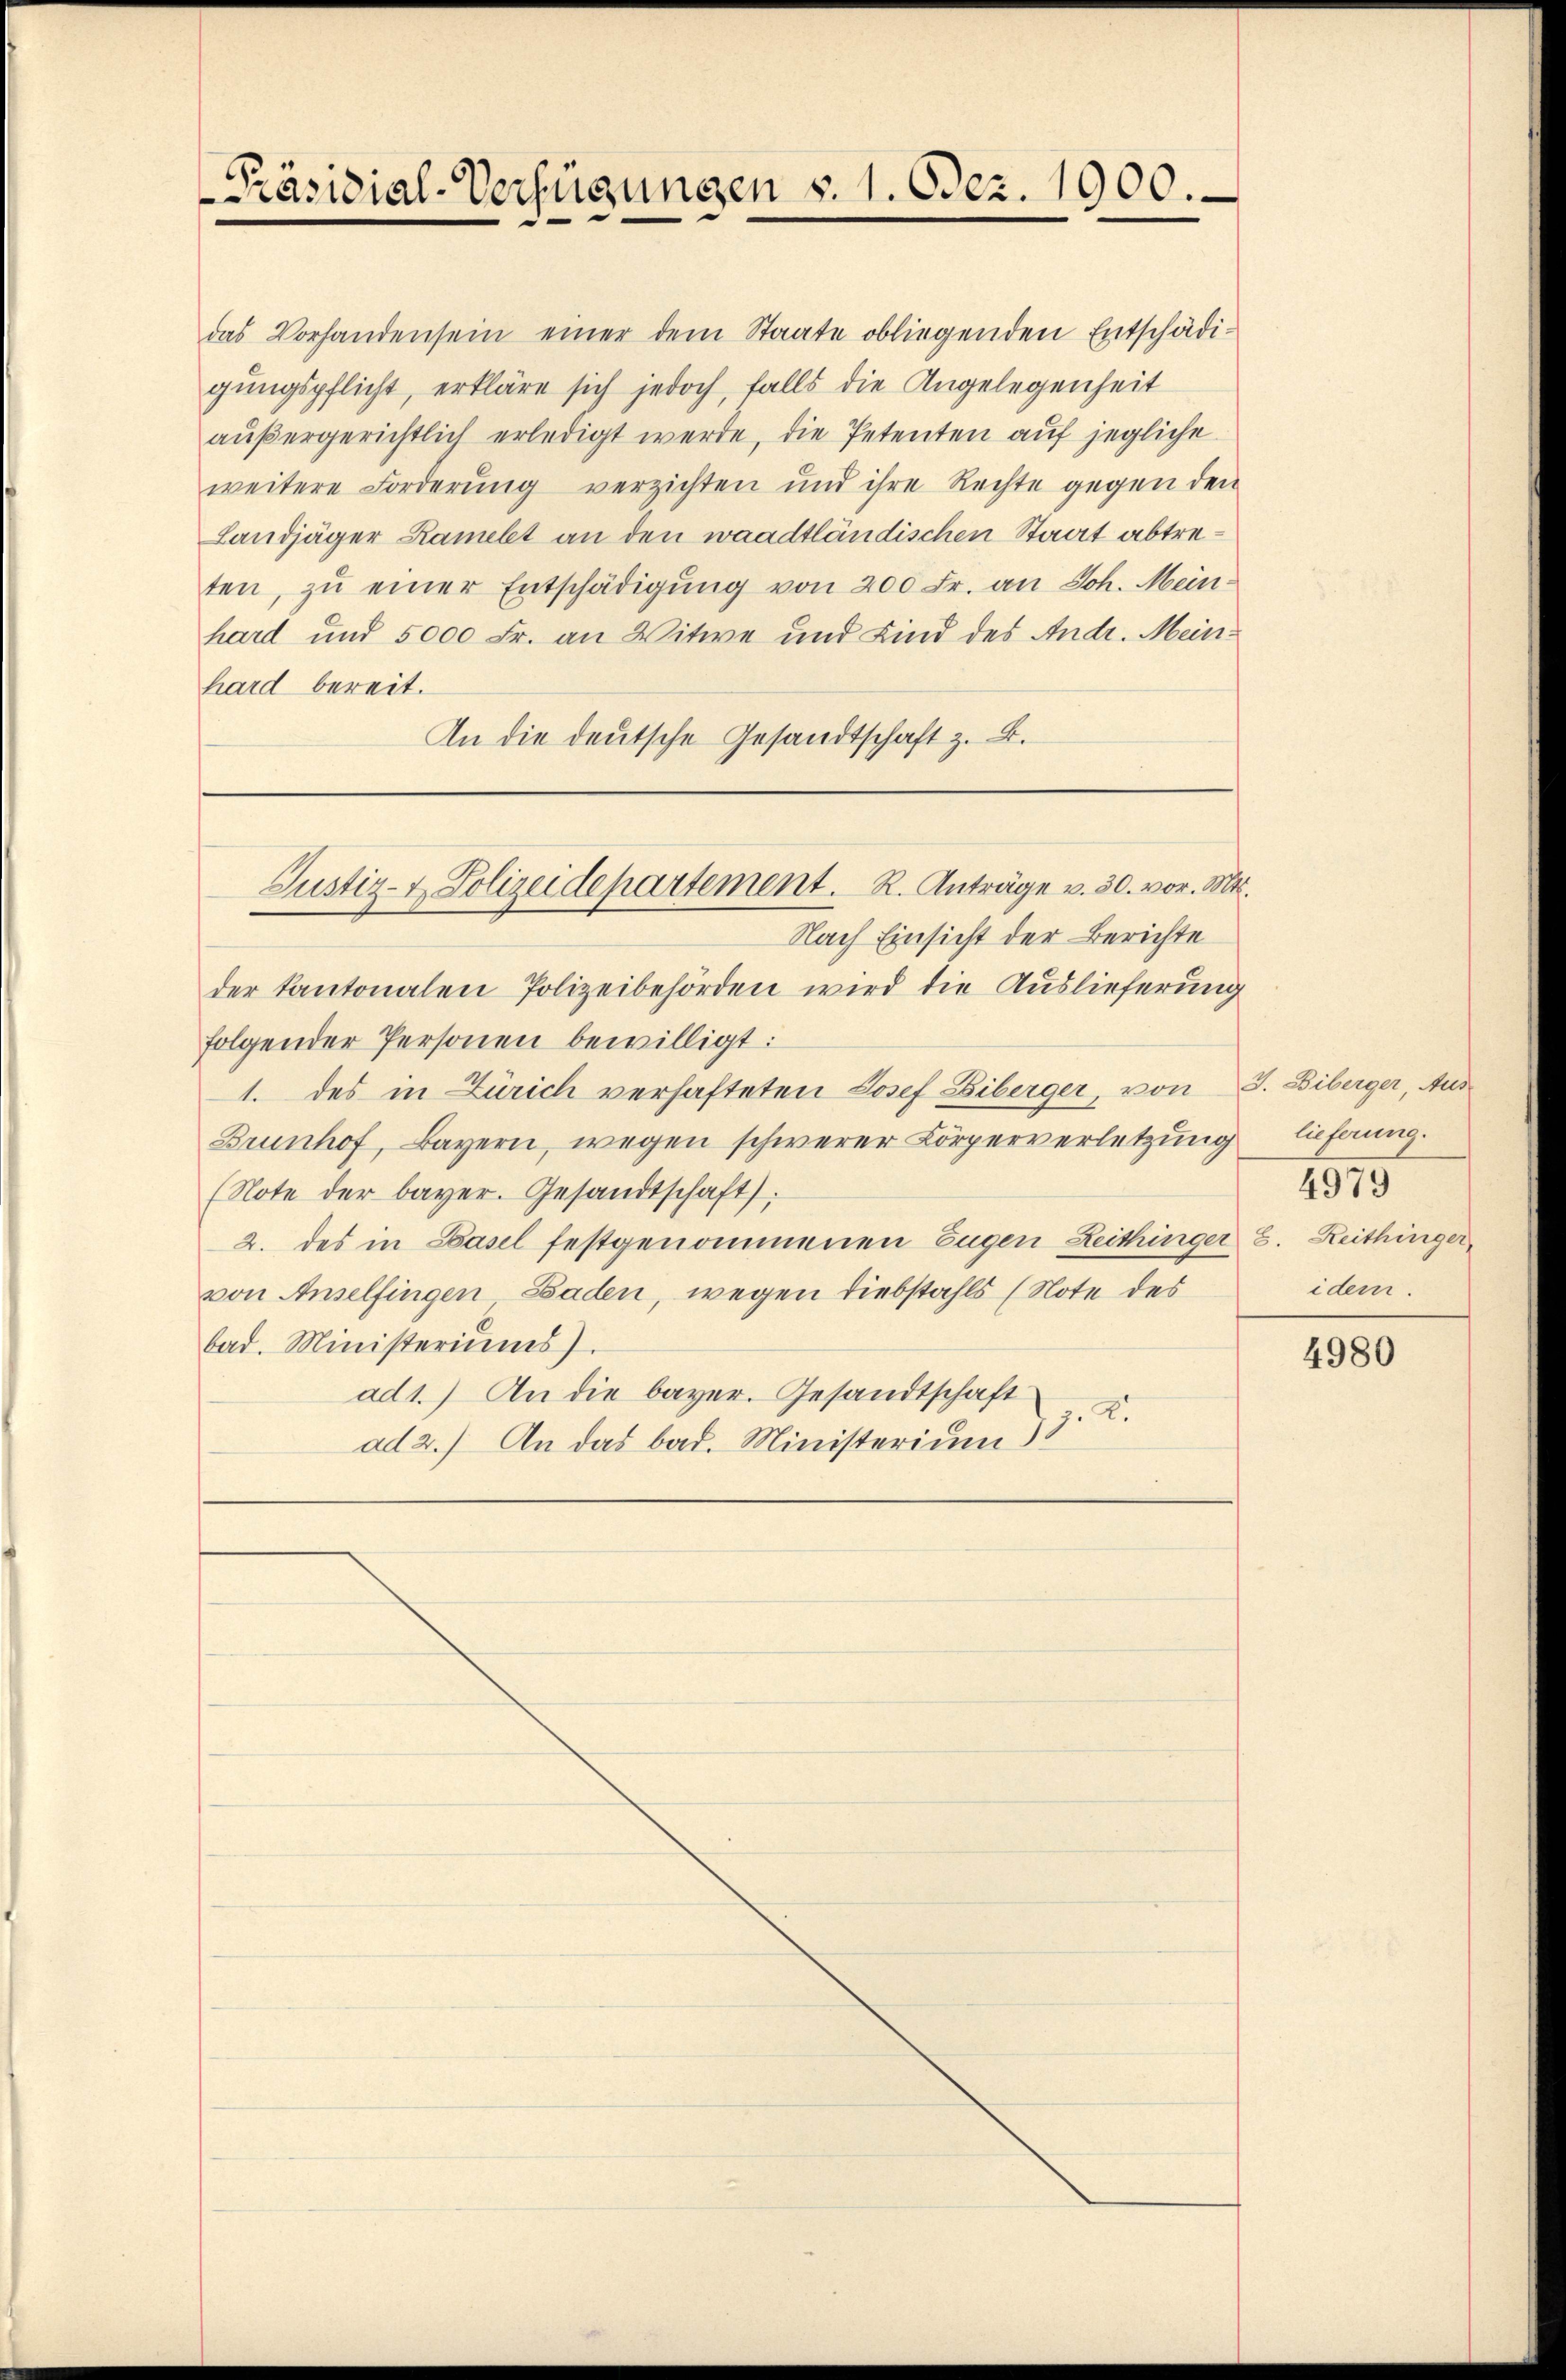
Präsidial-Verfügungen §. 1. Odez. 1900.

außergerichtlich erledigt werde, die Petenten auf jegliche
weitere Forderŭng verzichten und ihre Rechte gegen den
Landjäger Ramelt an den waadtländischen Staat abtreten, zu einer Entschädigung von 200 Fr. an Joh. Mein-
hard und 5000 Fr. an Witwe und Kind des Andr. Mein-
hard bereit.
An die deutsche Gesandtschaft z. B.

der Kantonalen Polizeibehörden wird die Auslieferung
folgender Personen bewilligt:
1. des in Zürich verhafteten Josef Liberger, von J. Biberger, Aus
Brunhof, Bayern, wegen schwerer Körperverletzung
(Note der bayer. Gesandtschaft).
2. des in Basel festgenommenen Eugen Zeithinger S. Reithinger
von Anselfingen Baden, wegen Liebstahls (Note des
bad. Ministeriums)
ad 1.) An die bayer. Gesandtschaft
2.
ad 2.) An das bad. Ministerium 3

Justiz- & Polizeidepartement. R. Anträge v. 30. vor. Mts.
Nach Einsicht der Berichte

das Vorhandensein einer dem Staate obliegenden Entschädigungspflicht, erkläre sich jedoch, falls die Angelegenheit

lieferung.
idem.

4979

4980